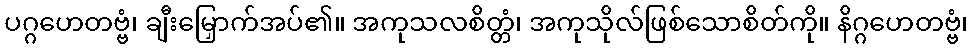
ပဂ္ဂဟေတဗ္ဗံ၊ ချီးမြှောက်အပ်၏။ အကုသလစိတ္တံ၊ အကုသိုလ်ဖြစ်သောစိတ်ကို။ နိဂ္ဂဟေတဗ္ဗံ၊